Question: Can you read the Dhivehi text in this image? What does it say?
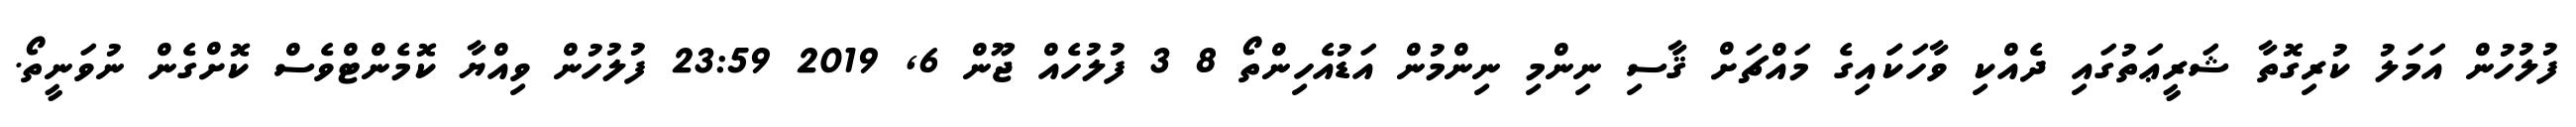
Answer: ފުލުހުން އަމަލު ކުރިގޮތާ ޝަރީޢަތުގައި ދެއްކި ވާހަކަައިގެ މައްޗަށް ޤާސި ނިންމި ނިންމުން އަޑުއެހިންތޯ 8 3 ފުލުހެއް ޖޫން 6, 2019 23:59 ފުލުހުން ވިއްޔާ ކޮމެންޓްވެސް ކޮށްގެން ނުވަނީތޯ.